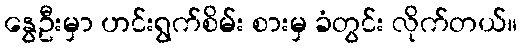
နွေဦးမှာ ဟင်းရွက်စိမ်း စားမှ ခံတွင်း လိုက်တယ်။